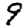
Digit: 9